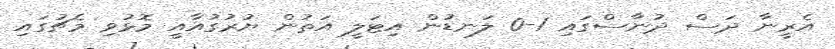
އެރީނާ ދަސް ދުނާސްގައި 1-0 ލަނޑުން އިޓަލީ އަތުން ޔުރުގުއާއީ މޮޅުވި މެޗުގައި